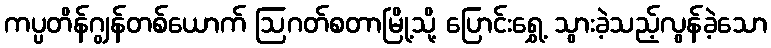
ကပ္ပတိန်ဂျွန်တစ်ယောက် ဩဂတ်စတာမြို့သို့ ပြောင်းရွှေ့ သွားခဲ့သည့်လွန်ခဲ့သော